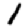
Digit: 1